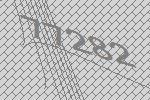
77282